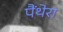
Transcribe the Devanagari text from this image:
पैंथेरा